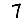
Digit: 7